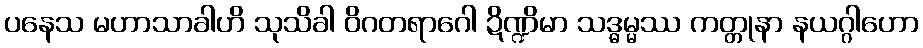
ပနေသ မဟာသာခါဟိ သုသိခါ ဝိဂတရာဂေါ ဍိဏ္ဍိမာ သဒ္ဓမ္မဿ ကတ္တုနာ နယဂ္ဂါဟော